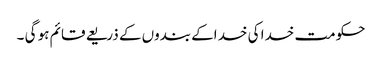
حکومت خدا کی خد اکے بندوں کے ذریعے قائم ہو گی ۔